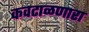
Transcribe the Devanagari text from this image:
कवटाळणारा